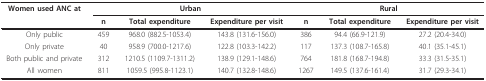
| Women used ANC at | <COLSPAN=3> Urban | <COLSPAN=3> Rural |
 |  | n | Total expenditure | Expenditure per visit | n | Total expenditure | Expenditure per visit |
 | --- | --- | --- | --- | --- | --- | --- |
 | Only public | 459 | 968.0 (882.5-1053.4) | 143.8 (131.6-156.0) | 386 | 94.4 (66.9-121.9) | 27.2 (20.4-34.0) |
 | Only private | 40 | 958.9 (700.0-1217.6) | 122.8 (103.3-142.2) | 117 | 137.3 (108.7-165.8) | 40.1 (35.1-45.1) |
 | Both public and private | 312 | 1210.5 (1109.7-1311.2) | 138.9 (129.1-148.6) | 764 | 181.8 (168.7-194.8) | 33.3 (31.5-35.1) |
 | All women | 811 | 1059.5 (995.8-1123.1) | 140.7 (132.8-148.6) | 1267 | 149.5 (137.6-161.4) | 31.7 (29.3-34.1) |